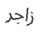
زاجر